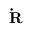
{ \bf { \dot { R } } }